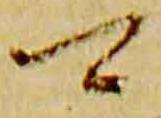
可